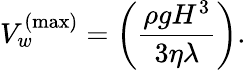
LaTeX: V_{w}^{\mathrm{(max)}}=\left(\frac{\rho gH^{3}}{3\eta\lambda}\right).